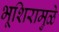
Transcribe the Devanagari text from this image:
भूशिरामुळे